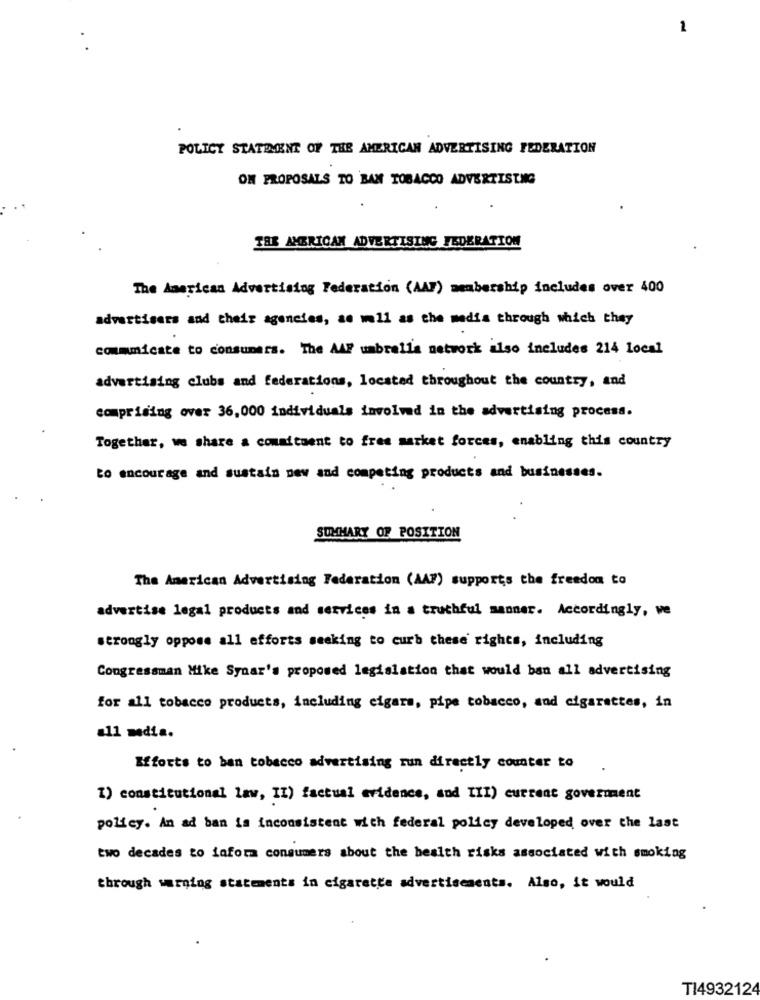
1
POLICY STATEMENT OF THE AMERICAN ADVERTISING FEDERATION
ON PROPOSALS TO BAN TOBACCO ADVERTISING
THE AMERICAN ADVERTISING FEDERATION
The American Advertising Federation (AAF) membership includes over 400
advertisers and their agencies, as well as the media through which they
commmicate to consumers. The AAF umbrella network also includes 214 local
advertising clubs and federations, located throughout the country, and
comprising over 36, 000 individuals involved in the advertising process.
Together, we share a commitment to free market forces, enabling this country
to encourage and sustain new and competing products and businesses.
SUMMARY OF POSITION
The American Advertising Federation (AAF) supports the freedom to
advertise legal products and services in a truthful manner. Accordingly, ve
strongly oppose all efforts seeking to curb these rights, including
Congressman Mike Synar's proposed legislation that would ban all advertising
for all tobacco products, including cigars, pipe tobacco, and cigarettes, in
all media.
Efforts to ban tobacco advertising run directly counter to
1) constitutional law, II) factual evidence, and III) current goverment
policy. An ad ban is inconsistent with federal policy developed over the last
two decades to inform consumers about the health risks associated with smoking
through warning statements in cigarette advertisements. Also, it would
TI4932124